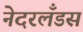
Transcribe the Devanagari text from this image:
नेदरलँडस